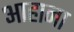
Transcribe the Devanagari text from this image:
आहाना